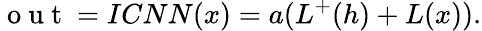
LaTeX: \mathrm{~o~u~t~}=ICNN(x)=a(L^{+}(h)+L(x)).